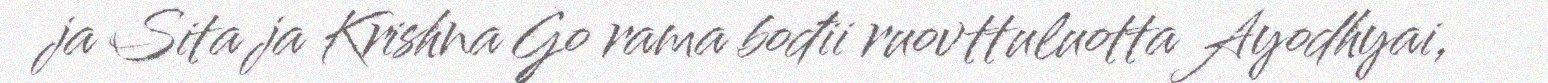
ja Sita ja Krishna Go rama bođii ruovttuluotta Ayodhyai,